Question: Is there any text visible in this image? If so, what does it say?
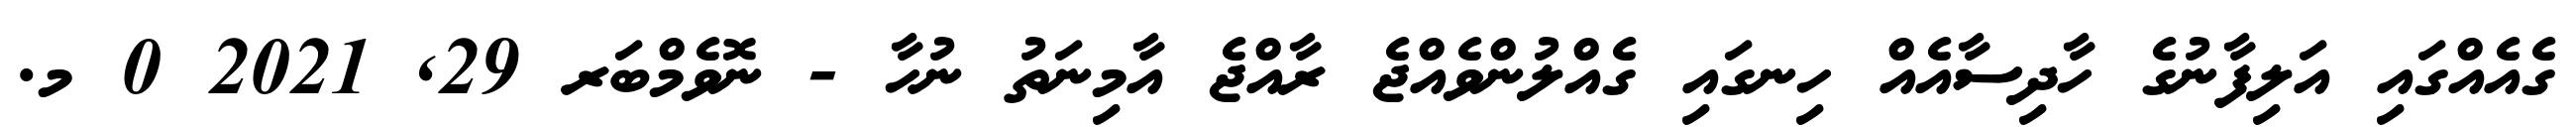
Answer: ގެއެއްގައި އަލިފާނުގެ ހާދިސާއެއް ހިނގައި ގެއްލުންވެއްޖެ ރާއްޖެ އާމިނަތު ނުހާ - ނޮވެމްބަރ 29, 2021 0 މ.